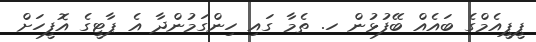
ޕީޕީއެމްގެ ބައެއް ބޭފުޅުން ހ. ތެމާ ގައި ހިންގަމުންދާ އެ ޕާޓީގެ އޮފީހަށް